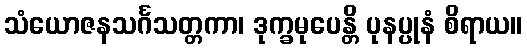
သံယောဇနသင်္ဂသတ္တကာ၊ ဒုက္ခမုပေန္တိ ပုနပ္ပုနံ စိရာယ။